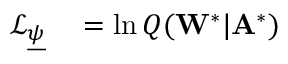
\begin{array} { r l } { \mathcal { L } _ { \underline { { \psi } } } } & { { } = \ln Q ( \mathbf { W } ^ { * } | \mathbf { A } ^ { * } ) } \end{array}